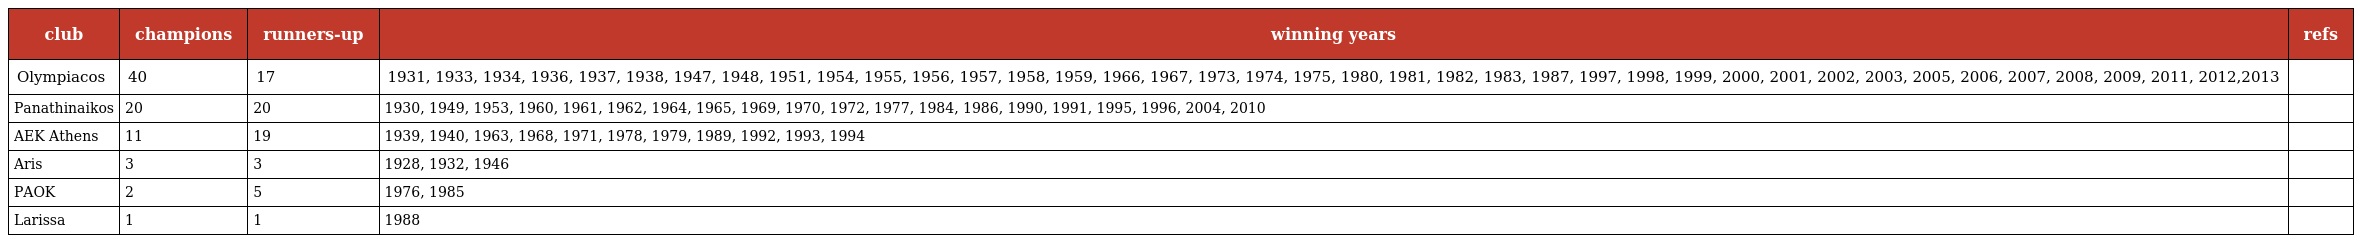
| club | champions | runners-up | winning years | refs |
 | --- | --- | --- | --- | --- |
 | Olympiacos | 40 | 17 | 1931, 1933, 1934, 1936, 1937, 1938, 1947, 1948, 1951, 1954, 1955, 1956, 1957, 1958, 1959, 1966, 1967, 1973, 1974, 1975, 1980, 1981, 1982, 1983, 1987, 1997, 1998, 1999, 2000, 2001, 2002, 2003, 2005, 2006, 2007, 2008, 2009, 2011, 2012,2013 |  |
 | Panathinaikos | 20 | 20 | 1930, 1949, 1953, 1960, 1961, 1962, 1964, 1965, 1969, 1970, 1972, 1977, 1984, 1986, 1990, 1991, 1995, 1996, 2004, 2010 |  |
 | AEK Athens | 11 | 19 | 1939, 1940, 1963, 1968, 1971, 1978, 1979, 1989, 1992, 1993, 1994 |  |
 | Aris | 3 | 3 | 1928, 1932, 1946 |  |
 | PAOK | 2 | 5 | 1976, 1985 |  |
 | Larissa | 1 | 1 | 1988 |  |